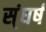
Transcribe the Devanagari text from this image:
स्ंघर्ष